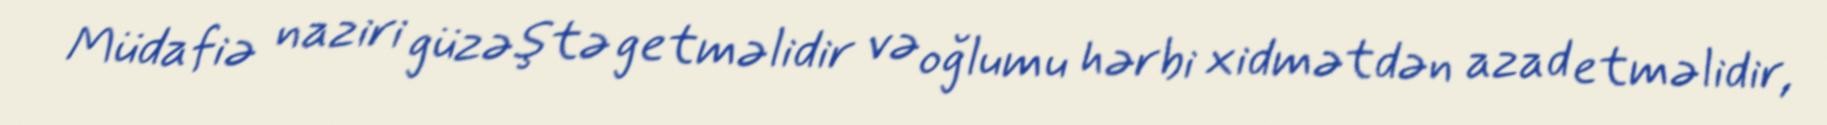
Müdafiə naziri güzəştə getməlidir və oğlumu hərbi xidmətdən azad etməlidir,